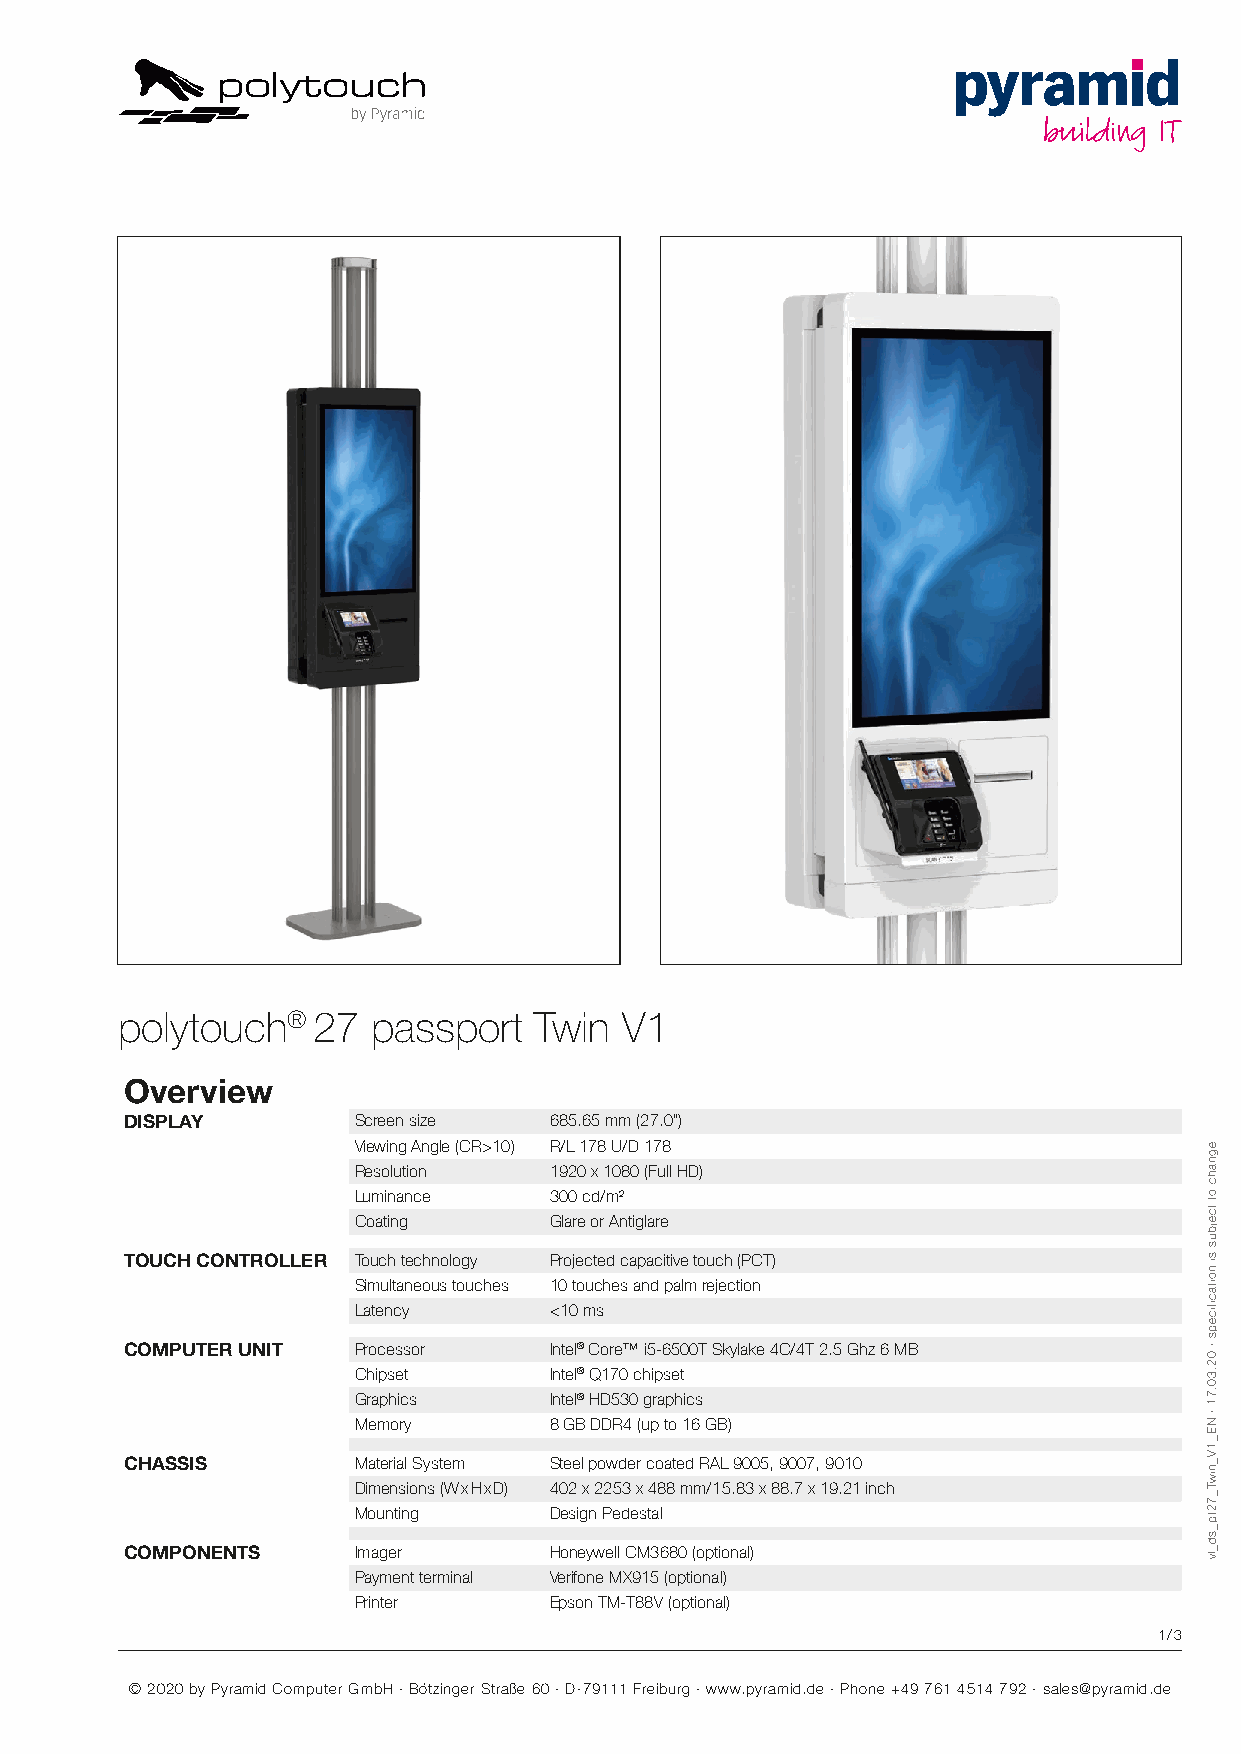
Figure shows configuration variant
 polytouch®   27  passport  Twin  V1
 Overview
 DISPLAY        Screen size  685.65 mm (27.0")
 Viewing Angle (CR>10) R/L 178 U/D 178
 Resolution   1920 x 1080 (Full HD)
 Luminance    300 cd/m²
 Coating      Glare or Antiglare
 TOUCH CONTROLLER Touch technology Projected capacitive touch (PCT)
 Simultaneous touches 10 touches and palm rejection
 Latency      <10 ms
 COMPUTER UNIT  Processor    Intel® Core™ i5-6500T Skylake 4C/4T 2.5 Ghz 6 MB
 Chipset      Intel® Q170 chipset
 Graphics     Intel® HD530 graphics
 Memory       8 GB DDR4 (up to 16 GB)
 CHASSIS        Material System Steel powder coated RAL 9005, 9007, 9010
 Dimensions (W x H x D) 402 x 2253 x 488 mm/15.83 x 88.7 x 19.21 inch
 Mounting     Design Pedestal
 COMPONENTS     Imager       Honeywell CM3680 (optional)
 Payment terminal Verifone MX915 (optional)
 Printer      Epson TM-T88V (optional)
 1/3
 © 2020 by Pyramid Computer GmbH · Bötzinger Straße 60 · D-79111 Freiburg · www.pyramid.de · Phone +49 761 4514 792 · sales@pyramid.de
 egnahc
 ot
 tcejbus
 si
 noitacificeps
 ·
 02.30.71
 ·
 NE_1V_niwT_72tp_sd_lv